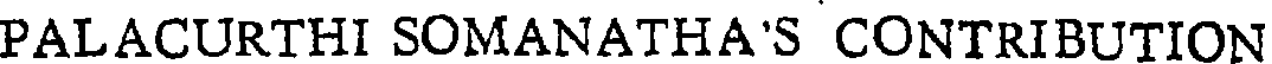
PALACURTHI SOMANATHA'S CONTRIBUTION